Lunatic asylums Punjab 1895-1910 - 1895-1910
Year: 1895
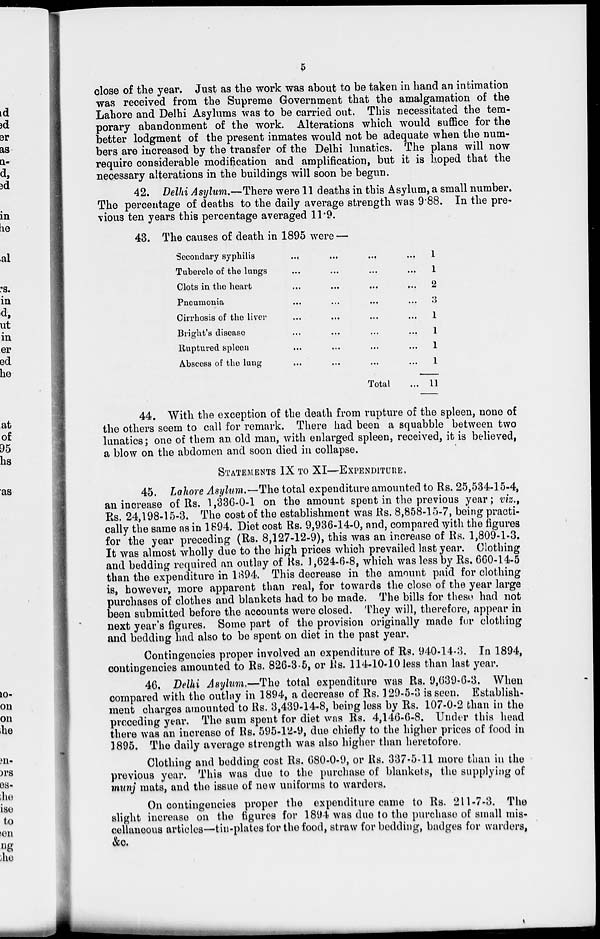
5
close of the year. Just as the work was about to be taken in hand an intimation
was received from the Supreme Government that the amalgamation of the
Lahore and Delhi Asylums was to be carried out. This necessitated the tem-
porary abandonment of the work. Alterations which would suffice for the
better lodgment of the present inmates would not be adequate when the num-
bers are increased by the transfer of the Delhi lunatics. The plans will now
require considerable modification and amplification, but it is hoped that the
necessary alterations in the buildings will soon be begun.
42. Delhi Asylum.—There were 11 deaths in this Asylum, a small number.
The percentage of deaths to the daily average strength was 9.88. In the pre-
vious ten years this percentage averaged 11.9.
43. The causes of death in 1895 were —
Secondary syphilis
...
...
...
...
Tubercle of the lungs ... ... ... ...
Clots in the heart ... ... ... ...
Pneumonia ... ... ... ...
Cirrhosis of the liver ... ... ... ...
Blight's disease ... ... ... ...
Ruptured spleen ... ... ... ...
Abscess of the lung ... ... ... ...
Total ...
1
1
2
3
1
1
1
1
11
44. With the exception of the death from rupture of the spleen, none of
the others seem to call for remark. There had been a squabble between two
lunatics; one of them an old man, with enlarged spleen, received, it is believed,
a blow on the abdomen and soon died in collapse.
STATEMENTS IX TO XI—EXPENDITURE.
45. Lahore Asylum.—The total expenditure amounted to Rs. 25,534-15-4,
an increase of Rs. 1,336-0-1 on the amount spent in the previous year; viz.,
Rs. 24,198-15-3. The cost of the establishment was Rs. 8,858-15-7, being practi-
cally the same as in 1894. Diet cost Rs. 9,936-14-0, and, compared with the figures
for the year preceding (Rs. 8,127-12-9), this was an increase of Rs. 1,809-1-3.
It was almost wholly due to the high prices which prevailed last year. Clothing
and bedding required an outlay of Rs. 1,624-6-8, which was less by Rs. 660-14-5
than the expenditure in 1894. This decrease in the amount paid for clothing
is, however, more apparent than real, for towards the close of the year large
purchases of clothes and blankets had to be made. The bills for these had not
been submitted before the accounts were closed. They will, therefore, appear in
next year's figures. Some part of the provision originally made for clothing
and bedding had also to be spent on diet in the past year.
Contingencies proper involved an expenditure of Rs. 940-14-3. In 1894,
contingencies amounted to Rs. 826-3-5, or Rs. 114-10-10 less than last year.
46. Delhi Asylum.—The
total expenditure was Rs. 9,639-6-3. When
compared with the outlay in 1894, a decrease of Rs. 129-5-3 is seen. Establish-
ment charges amounted to Rs. 3,439-14-8, being loss by Rs. 107-0-2 than in the
preceding year. The sum spent for diet was Rs. 4,146-6-8. Under this head
there was an increase of Rs. 595-12-9, due chiefly to the higher prices of food in
1895. The daily average strength was also higher than heretofore.
Clothing and bedding cost Rs. 680-0-9, or Rs. 337-5-11 more than in the
previous year. This was due to the purchase of blankets, the supplying of
munj mats, and the issue of new uniforms to warders.
On contingencies proper the expenditure came to Rs. 211-7-3. The
slight increase on the figures for 1894 was due to the purchase of small mis-
cellaneous articles—tin-plates for the food, straw for bedding, badges for warders,
&c.